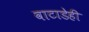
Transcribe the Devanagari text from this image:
वाटाडेही